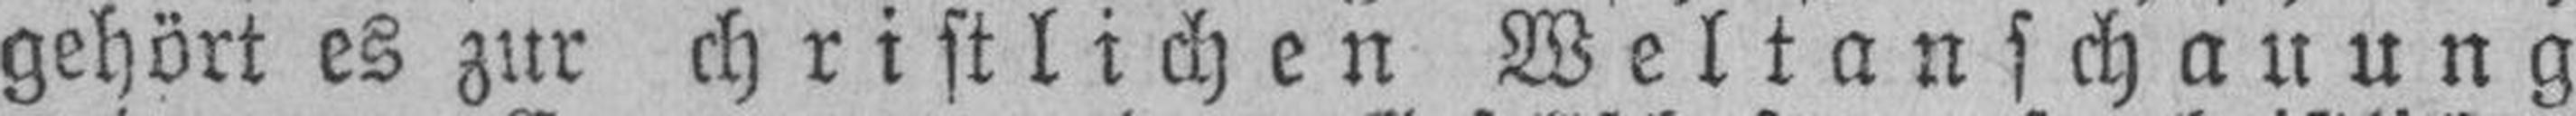
gehört es zur christlichen Weltanschauung